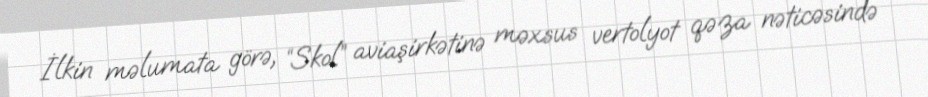
İlkin məlumata görə, “Skol” aviaşirkətinə məxsus vertolyot qəza nəticəsində